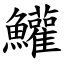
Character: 鱹